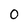
Character: o